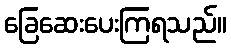
ခြေဆေးပေးကြရသည်။